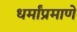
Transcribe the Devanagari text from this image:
धर्मांप्रमाणे